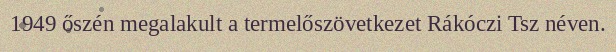
1949 őszén megalakult a termelőszövetkezet Rákóczi Tsz néven.